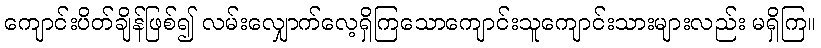
ကျောင်းပိတ်ချိန်ဖြစ်၍ လမ်းလျှောက်လေ့ရှိကြသောကျောင်းသူကျောင်းသားများလည်း မရှိကြ။